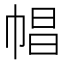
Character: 𢃑